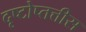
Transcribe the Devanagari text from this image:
दृष्टोप्तत्तीस